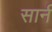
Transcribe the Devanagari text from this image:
सार्न